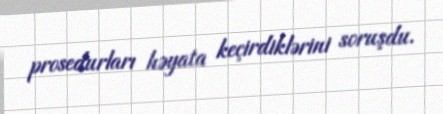
prosedurları həyata keçirdiklərini soruşdu.